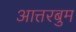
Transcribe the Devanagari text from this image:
आत्तरबुम